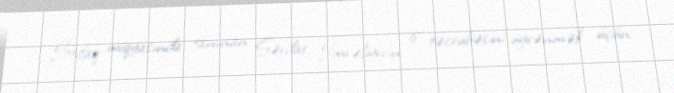
İttifaq miqyasında tanınan Sərdar İmrəliyevin iş təcrübəsini öyrənmək üçün